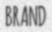
BRAND